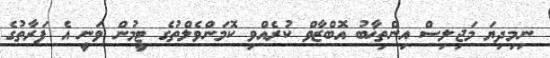
ނިމިދިޔަ މަޖިލިސް އިންތިޚާބު އޮބްޒާވް ކުރެއްވި ކޮމަންވެލްތުގެ ޓީމުން ވަނީ އެ ފަރާތުގެ